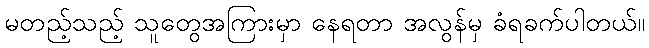
မတည့်သည့် သူတွေအကြားမှာ နေရတာ အလွန်မှ ခံရခက်ပါတယ်။